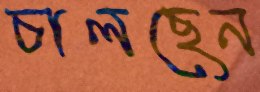
চালছেন